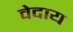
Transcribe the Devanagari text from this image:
वेदाय